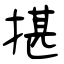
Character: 揕